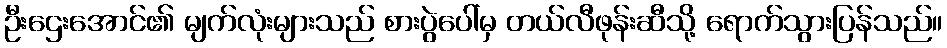
ဦးဌေးအောင်၏ မျက်လုံးများသည် စားပွဲပေါ်မှ တယ်လီဖုန်းဆီသို့ ရောက်သွားပြန်သည်။